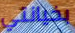
بخيانتي